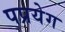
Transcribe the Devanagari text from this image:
पप्रयेग